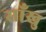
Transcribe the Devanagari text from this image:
साँखु